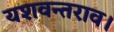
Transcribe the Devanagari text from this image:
यशवन्तराव।